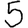
Digit: 5